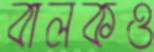
বালকও